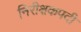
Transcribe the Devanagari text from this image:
निरीक्षकपदी